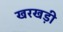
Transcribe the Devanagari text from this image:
खरखड़ी